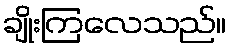
ချိုးကြလေသည်။